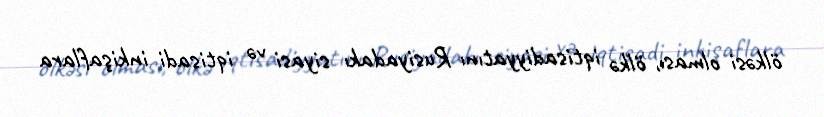
ölkəsi olması, ölkə iqtisadiyyatını Rusiyadakı siyasi və iqtisadi inkişaflara